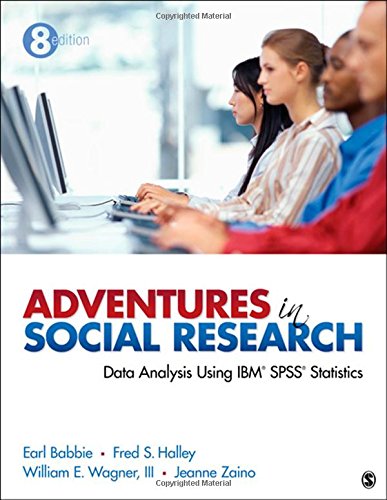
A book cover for Adventures in Social Research: Data Analysis Using IBM SPSS Statistics; Earl R. (Robert) Babbie; Reference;